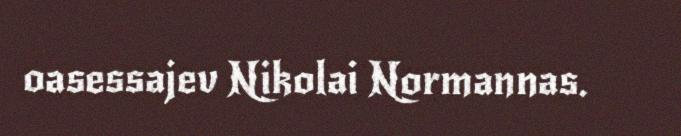
oasessajev Nikolai Normannas.